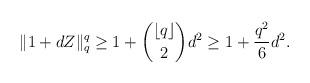
LaTeX: \begin{align*} \|1+dZ\|_{q}^{q} \ge 1 + \binom{\lfloor q \rfloor}{2} d^2 \ge 1 + \frac{q^2}{6} d^2. \end{align*}